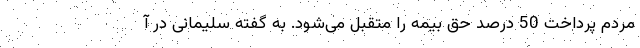
مردم پرداخت 50 درصد حق بیمه را متقبل می‌شود. به گفته سلیمانی در آ